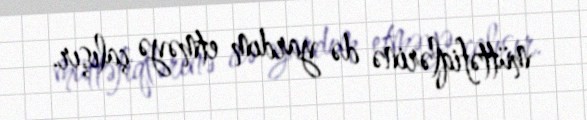
müttəfiqlərinə də yardım etməyə çalışır.